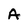
Character: A